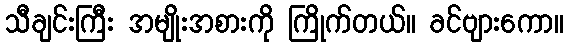
သီချင်းကြီး အမျိုးအစားကို ကြိုက်တယ်။ ခင်ဗျားကော။